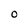
Character: O